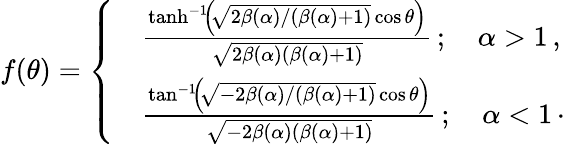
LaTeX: \begin{array}{r}{f(\theta)=\left\{ \begin{array}{ll}&{\frac{\operatorname{tanh}^{-1}\! \left(\! \sqrt{2\beta(\alpha)/(\beta(\alpha)+1)}\cos\theta\right)}{\sqrt{2\beta(\alpha)(\beta(\alpha)+1)}}\, ;\quad\alpha>1\, ,}\\ &{\frac{\tan^{-1}\! \left(\! \sqrt{-2\beta(\alpha)/(\beta(\alpha)+1)}\cos\theta\right)}{\sqrt{-2\beta(\alpha)(\beta(\alpha)+1)}}\, ;\quad\alpha<1\, \cdot}\end{array}\right.}\end{array}